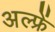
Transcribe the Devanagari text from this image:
अल्फ्रें